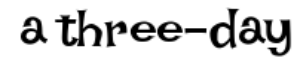
a three-day